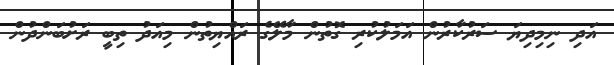
އަދި ނިމިދިޔަ ސަރުކާރުން އަމަލުކުރި ގޮތުން މާލޭގެ ރައްޔިތުން މިއަދު ތިބީ ރަށުބަންދުން